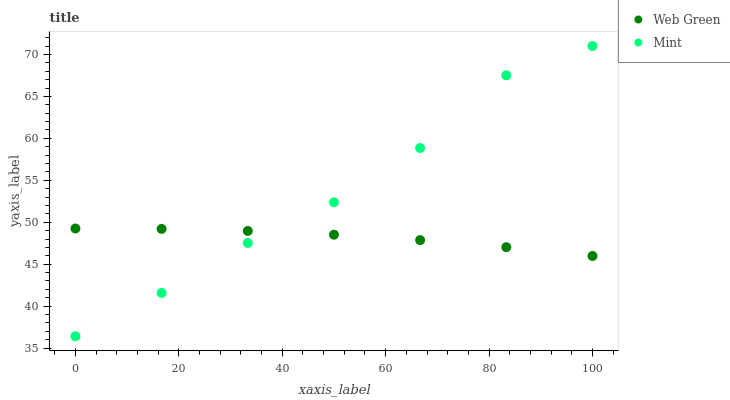
| xaxis_label | Web Green | Mint |
 | --- | --- | --- |
 | 0 | 49.3 | 36.4 |
 | 16.7 | 49.2 | 41.6 |
 | 33.3 | 49 | 47.5 |
 | 50 | 48.5 | 52.4 |
 | 66.7 | 47.9 | 58.9 |
 | 83.3 | 47 | 67.5 |
 | 100 | 46 | 71 |